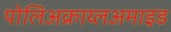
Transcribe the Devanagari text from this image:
पोलिअक्राय्लअमाइड